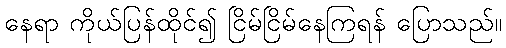
နေရာ ကိုယ်ပြန်ထိုင်၍ ငြိမ်ငြိမ်နေကြရန် ပြောသည်။